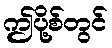
ဤပို့စ်တွင်